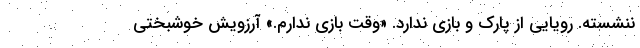
ننشسته. رویایی از پارک و بازی ندارد. «وقت بازی ندارم.» آرزویش خوشبختی